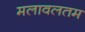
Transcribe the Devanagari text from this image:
मलावलतम